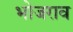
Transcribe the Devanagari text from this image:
भोजराव